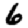
Digit: 6